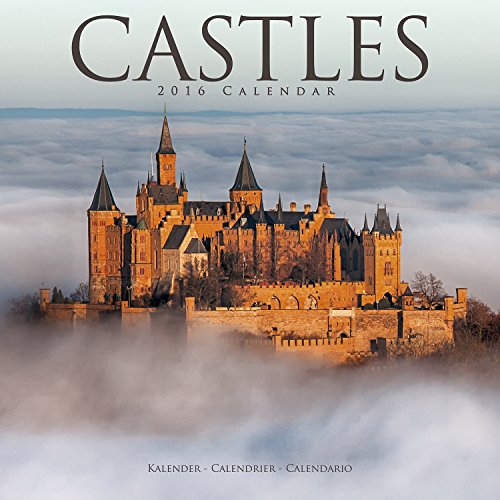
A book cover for Castles Calendar - 2016 Wall Calendars - Photo Calendar - Monthly Wall Calendar by Avonside; MegaCalendars; Calendars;